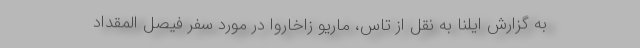
به گزارش ایلنا به نقل از تاس، ماریو زاخاروا در مورد سفر فیصل المقداد